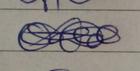
Signature authenticity: forged